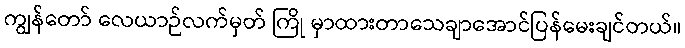
ကျွန်တော် လေယာဉ်လက်မှတ် ကြို မှာထားတာသေချာအောင်ပြန်မေးချင်တယ်။